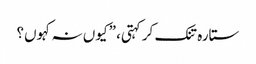
ستارہ تنک کر کہتی، ”کیوں نہ کہوں؟